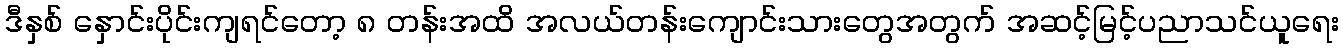
ဒီနှစ် နှောင်းပိုင်းကျရင်တော့ ၈ တန်းအထိ အလယ်တန်းကျောင်းသားတွေအတွက် အဆင့်မြင့်ပညာသင်ယူရေး